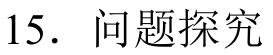
15. 问题探究